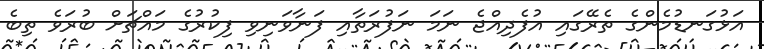
އަޅުގަނޑުމެންގެ ތެރޭގައި އުފެދިއްޖެ ނަމަ ނަފުރަތާއި ފަނާވަނިވި ފިކުރުގެ މައްޗަށް ބުރަވެ ތިބެ